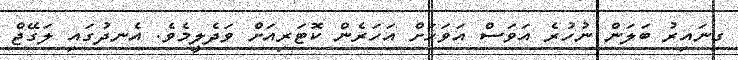
ގިނައިރު ބަލަން ނުހުރެ އަވަސް އަވަހަށް އަހަރެން ކޮޓަރިއަށް ވަދެލީމެވެ. އެނދުގައި ލަގޭޖް